Report of the King Institute of Preventive Medicine, Guindy
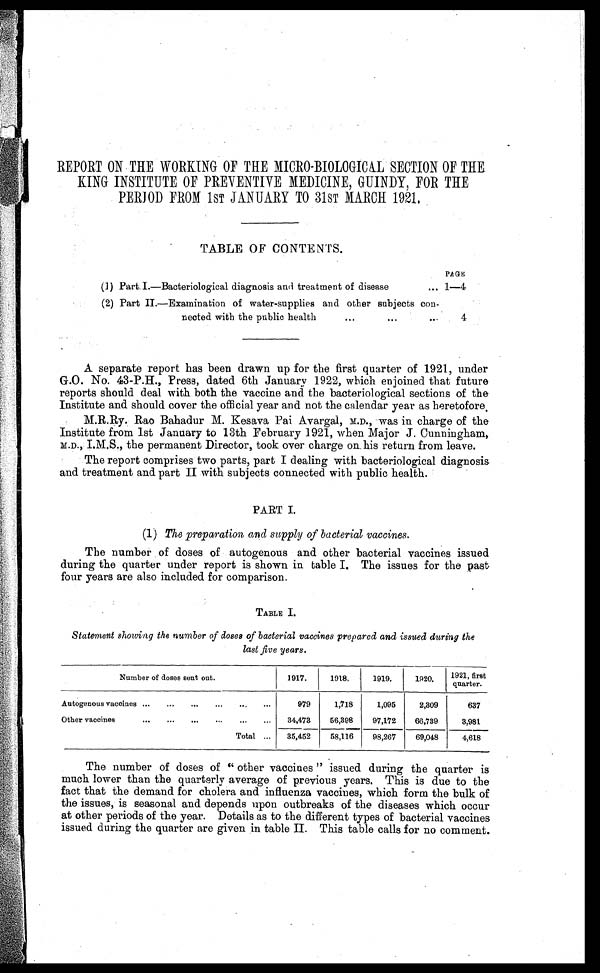
REPORT ON THE WORKING OF THE MICRO-BIOLOGICAL SECTION OF THE.
KING INSTITUTE OF PREVENTIVE MEDICINE, GUINDY, FOR THE
PERIOD FROM 1ST JANUARY TO 31ST MARCH 1921.
TABLE OF CONTENTS.
PAGE
(1) Part I.—Bacteriological diagnosis and treatment of disease
... 1—4
(2) Part II.—Examination of water-supplies and other subjects con
-nected with the public health
...
...
...
4
A separate report has been drawn up for the first quarter of 1921, under
G.O. No. 43-P.H., Press, dated 6th January 1922, which enjoined that future
reports should deal with both the vaccine and the bacteriological sections of the
Institute and should cover the official year and not the calendar year as heretofore.
M.R.Ry. Rao Bahadur M. Kesava Pai Avargal, M.D., was in charge of the
Institute from 1st January to 13th February 1921, when Major J. Cunningham,
M.D., I.M.S., the permanent Director, took over charge on, his return from leave.
The report comprises two parts, part I dealing with bacteriological diagnosis
and treatment and part II with subjects connected with public health.
PART I.
(1) The preparation and supply of bacterial vaccines.
The number of doses of autogenous and other bacterial vaccines issued
during the quarter under report is shown in table I. The issues for the past
four years are also included for comparison.
TABLE I.
Statement showing the number of doses of bacterial vaccines prepared and issued during the
last five years.
Number of doses sent out.
1917.
1918.
1919.
1920.
1921, first
quarter.
Autogenous vaccines ...
...
...
...
...
...
979
1,718
1,095
2,309
637
Other vaccines
...
...
...
...
...
...
34,473
56,398
97,172
66,739
3,981
Total ...
35,452
58,116
98,267
69,048
4,618
The number of doses of "other vaccines" issued during the quarter is
much lower than the quarterly average of previous years. This is due to the
fact that the demand for cholera and influenza vaccines, which form the bulk of
the issues, is seasonal and depends upon outbreaks of the diseases which occur
at other periods of the year. Details as to the different types of bacterial vaccines
issued during the quarter are given in table II. This table calls for no comment.